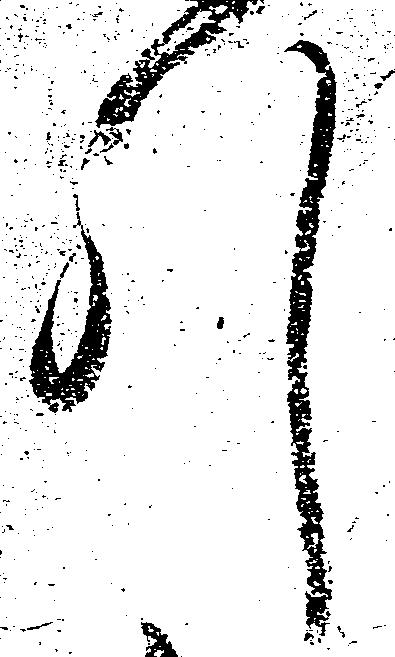
引